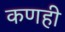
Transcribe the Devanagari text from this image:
कणही